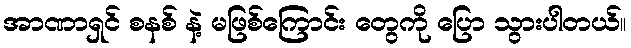
အာဏာရှင် စနစ် နဲ့ မဖြစ်ကြောင်း တွေကို ပြော သွားပါတယ်။